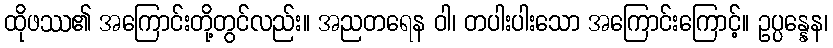
ထိုဖဿ၏ အကြောင်းတို့တွင်လည်း။ အညတရေန ဝါ၊ တပါးပါးသော အကြောင်းကြောင့်။ ဥပ္ပန္နေန၊